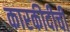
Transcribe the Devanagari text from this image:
कारकीदीर्ची